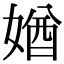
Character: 媨